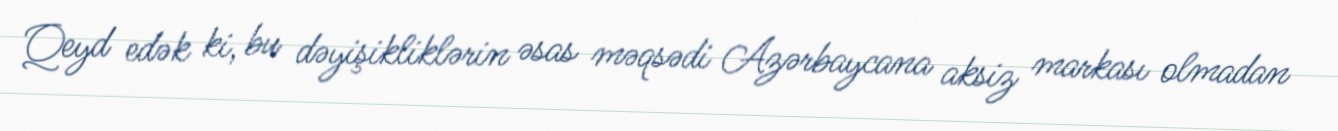
Qeyd edək ki, bu dəyişikliklərin əsas məqsədi Azərbaycana aksiz markası olmadan